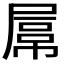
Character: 𡲻